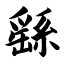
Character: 繇